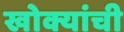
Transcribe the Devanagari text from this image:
खोक्यांची